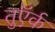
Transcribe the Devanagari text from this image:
तुऍर्क